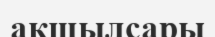
ақшылсары